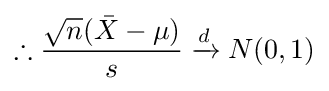
\therefore {\frac {{\sqrt {n}}({\bar {X}}-\mu )}{s}}\xrightarrow {d} N(0,1)